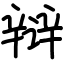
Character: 辩